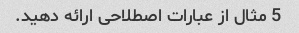
5 مثال از عبارات اصطلاحی ارائه دهید.